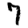
Digit: 7